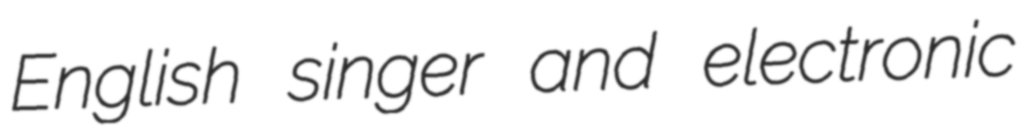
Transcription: English singer and electronic